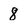
Character: 8